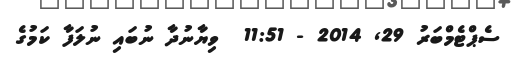
ސެޕްޓެމްބަރު 29